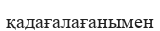
қадағалағанымен